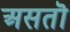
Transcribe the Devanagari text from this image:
असतॊ